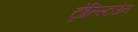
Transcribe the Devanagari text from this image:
ट्रोल्स्टिजेन